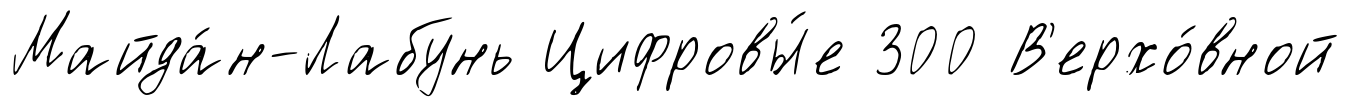
Майда́н-Лабунь Цифровы́е 300 В'ерхо́вной